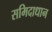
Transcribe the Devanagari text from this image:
समिदाधान